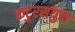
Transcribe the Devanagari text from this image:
कटुरसयुक्त